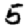
Digit: 5